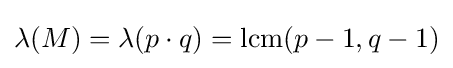
\lambda (M)=\lambda (p\cdot q)=\operatorname {lcm} (p-1,q-1)